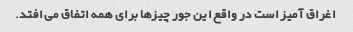
اغراق آمیز است در واقع این جور چیزها برای همه اتفاق می افتد.